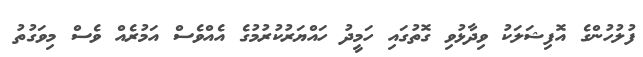
ފުލުހުންގެ އޮފިޝަލަކު ވިދާޅުވި ގޮތުގައި ހަމީދު ހައްޔަރުކުރުމުގެ އެއްވެސް އަމުރެއް ވެސް މިވަގުތު